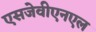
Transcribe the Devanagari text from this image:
एसजेवीएनएल